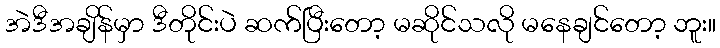
အဲဒီအချိန်မှာ ဒီတိုင်းပဲ ဆက်ပြီးတော့ မဆိုင်သလို မနေချင်တော့ ဘူး။